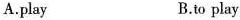
A.play B.to play